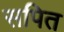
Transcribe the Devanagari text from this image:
सपित